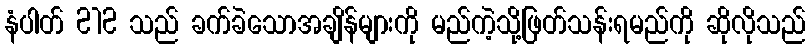
နံပါတ် 212 သည် ခက်ခဲသောအချိန်များကို မည်ကဲ့သို့ဖြတ်သန်းရမည်ကို ဆိုလိုသည်